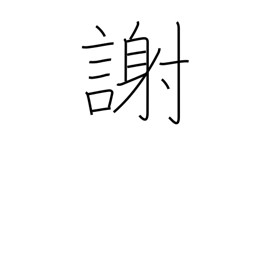
Meaning: thank